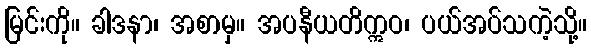
မြင်းကို။ ခါဒနာ၊ အစာမှ။ အပနီယတိဣဝ၊ ပယ်အပ်သကဲ့သို့။